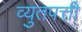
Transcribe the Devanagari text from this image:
व्युतपत्ती